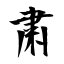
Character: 粛